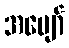
အပျော်